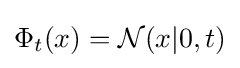
\Phi _{t}(x)={\mathcal {N}}(x|0,t)